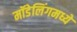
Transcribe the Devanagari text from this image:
मॉडेलिंगमध्ये